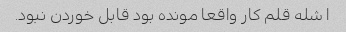
ا‌ شله قلم کار واقعا مونده بود قابل خوردن نبود.